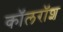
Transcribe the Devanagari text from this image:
कॉलरॉश